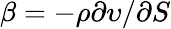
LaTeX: \beta=-\rho\partial\upsilon/\partial S